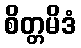
စိတ္တမိဒံ